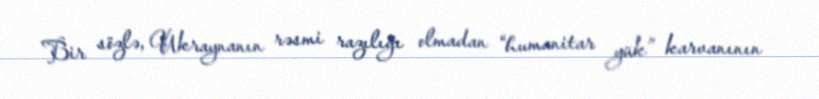
Bir sözlə, Ukraynanın rəsmi razılığı olmadan “humanitar yük” karvanının